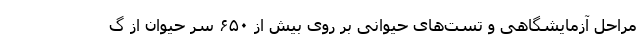
مراحل آزمایشگاهی و تست‌های حیوانی بر روی بیش از ۶۵۰ سر حیوان از گ